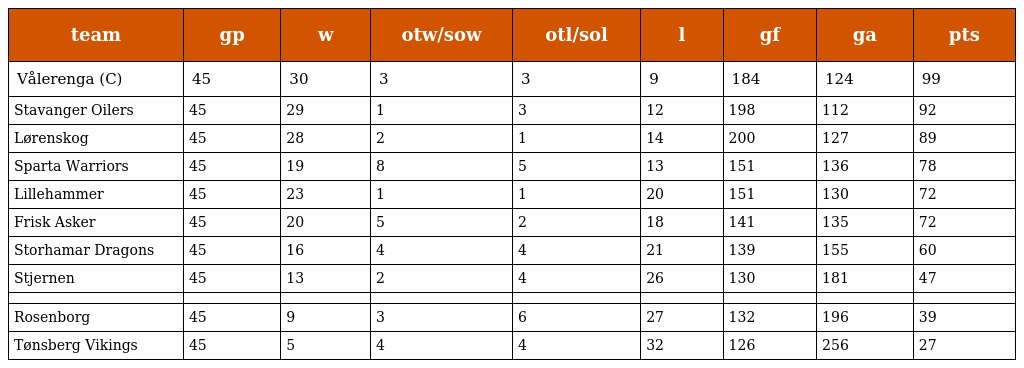
| team | gp | w | otw/sow | otl/sol | l | gf | ga | pts |
 | --- | --- | --- | --- | --- | --- | --- | --- | --- |
 | Vålerenga (C) | 45 | 30 | 3 | 3 | 9 | 184 | 124 | 99 |
 | Stavanger Oilers | 45 | 29 | 1 | 3 | 12 | 198 | 112 | 92 |
 | Lørenskog | 45 | 28 | 2 | 1 | 14 | 200 | 127 | 89 |
 | Sparta Warriors | 45 | 19 | 8 | 5 | 13 | 151 | 136 | 78 |
 | Lillehammer | 45 | 23 | 1 | 1 | 20 | 151 | 130 | 72 |
 | Frisk Asker | 45 | 20 | 5 | 2 | 18 | 141 | 135 | 72 |
 | Storhamar Dragons | 45 | 16 | 4 | 4 | 21 | 139 | 155 | 60 |
 | Stjernen | 45 | 13 | 2 | 4 | 26 | 130 | 181 | 47 |
 |  |  |  |  |  |  |  |  |  |
 | Rosenborg | 45 | 9 | 3 | 6 | 27 | 132 | 196 | 39 |
 | Tønsberg Vikings | 45 | 5 | 4 | 4 | 32 | 126 | 256 | 27 |